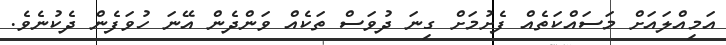
އަމިއްލައަށް މަސައްކަތެއް ފެށުމަށް ގިނަ ދުވަސް ތަކެއް ވަންދެން އޭނަ ހުވަފެން ދެކުނެވެ.